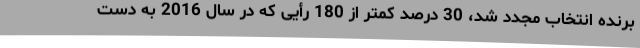
برنده انتخاب مجدد شد، 30 درصد کمتر از 180 رأیی که در سال 2016 به دست